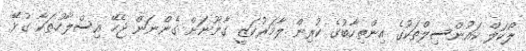
ލޯކަލް ކައުންސިލްތަކުގެ އިންތިހާބުގެ ކުރިން ލާމަރުކަޒީ ގާނޫނަށް ގެންނަން ޖެހޭ އިސްލާހުތަކާ ގުޅޭ